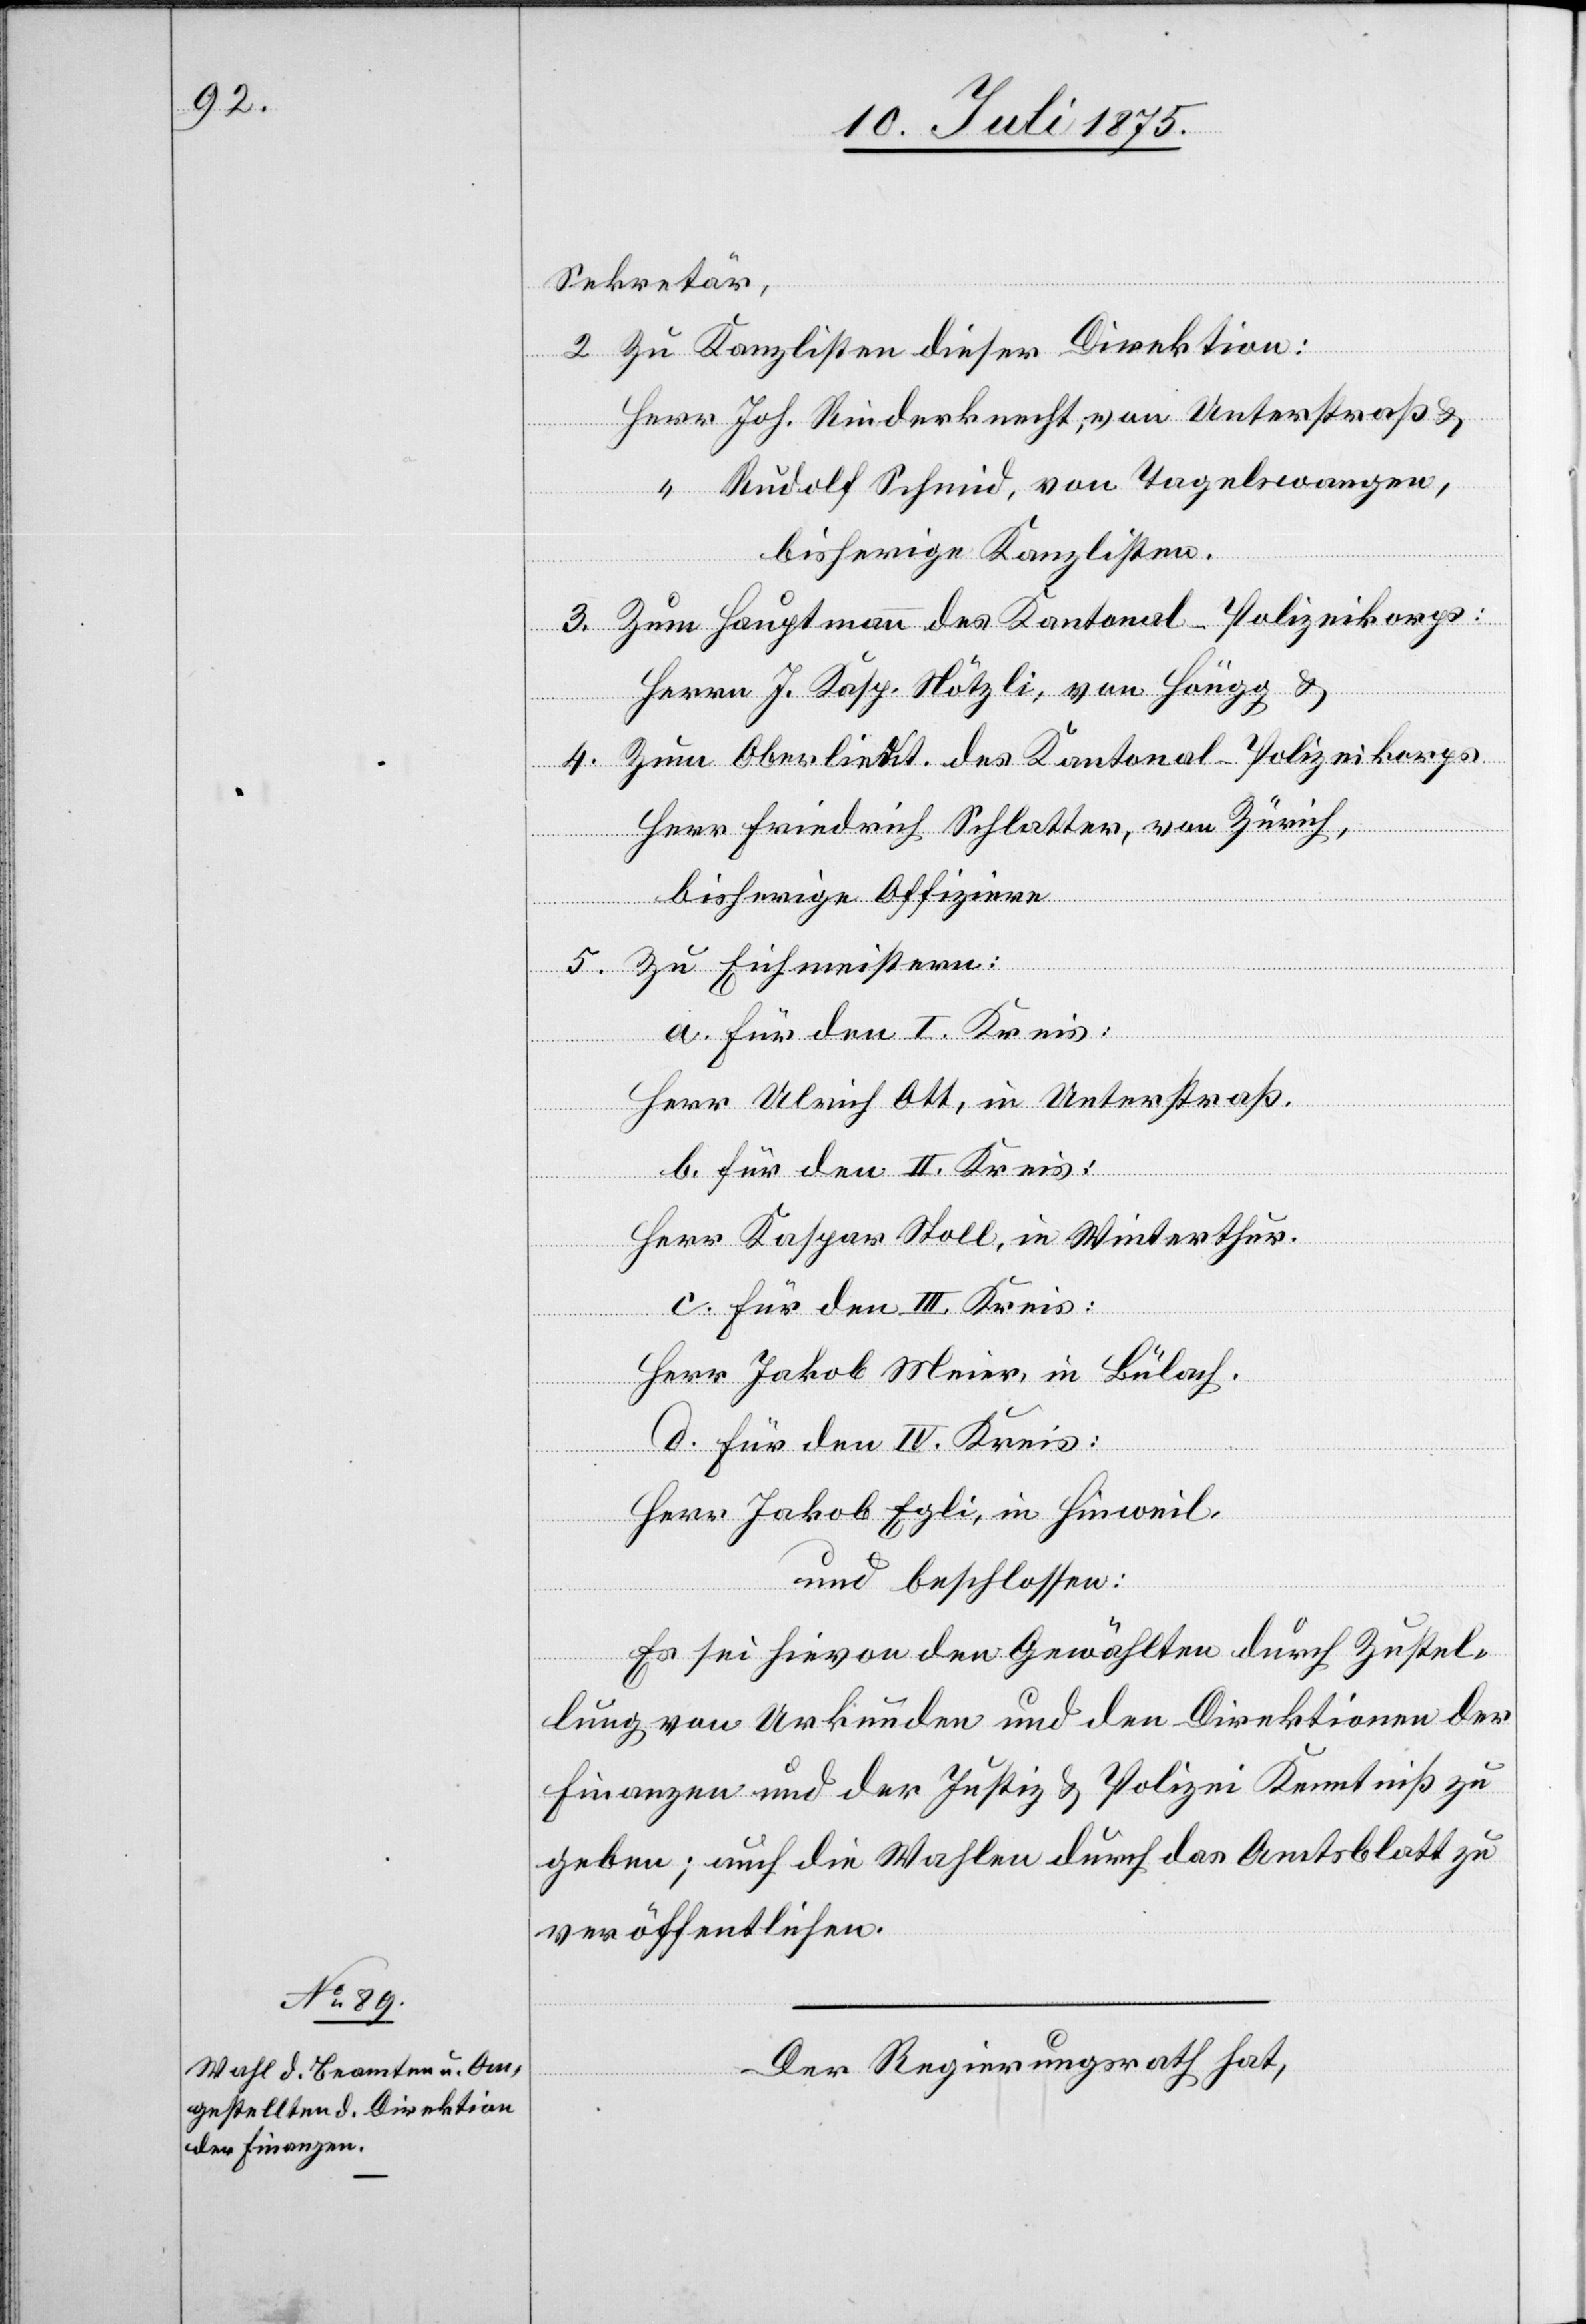
Sekretär.
2. Zu Kanzlisten dieser Direktion:
Herr Joh. Rinderknecht, von Unterstraß &
“ Rudolf Schmid, von Tagelswangen,
bisherige Kanzlisten.
3. Zum Hauptmann des Kantonal-Polizeikorps:
Herrn J. Kasp. Nötzli, von Höngg &
4. Zum Oberlieut. des Kantonal-Polizeikorps
Herr Friedrich Schlatter, von Zürich,
bisherige Offiziere.
Zu Eichmeistern:
a. für den I. Kreis:
Herr Ulrich Ott, in Unterstraß.
b. für den II. Kreis:
Herr Kaspar Stoll , in Winterthur.
c. für den III. Kreis:
Herr Jakob Meier, in Bülach.
d. für den IV. Kreis
Herr Jakob Egli, in Hinweil,
und beschlossen:
Es sei hievon den Gewählten durch Zustel¬
lung von Urkunden und den Direktionen der
Finanzen und der Justiz & Polizei Kenntniß zu
geben; auch die Wahlen durch das Amtsblatt zu
veröffentlichen.
Der Regierungsrath hat,